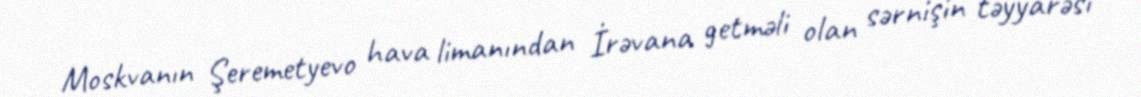
Moskvanın Şeremetyevo hava limanından İrəvana getməli olan sərnişin təyyarəsi